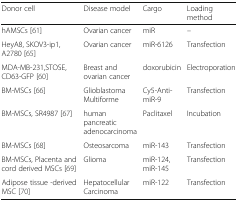
<table><thead><tr><td><b>Donor cell</b></td><td><b>Disease model</b></td><td><b>Cargo</b></td><td><b>Loading method</b></td></tr></thead><tbody><tr><td>hAMSCs [61]</td><td>Ovarian cancer</td><td>miR</td><td>–</td></tr><tr><td>HeyA8, SKOV3-ip1, A2780 [65]</td><td>Ovarian cancer</td><td>miR-6126</td><td>Transfection</td></tr><tr><td>MDA-MB-231,STOSE, CD63-GFP [60]</td><td>Breast and ovarian cancer</td><td>doxorubicin</td><td>Electroporation</td></tr><tr><td>BM-MSCs [66]</td><td>Glioblastoma Multiforme</td><td>Cy5-Anti-miR-9</td><td>Transfection</td></tr><tr><td>BM-MSCs, SR4987 [67]</td><td>human pancreaticadenocarcinoma</td><td>Paclitaxel</td><td>Incubation</td></tr><tr><td>BM-MSCs [68]</td><td>Osteosarcoma</td><td>miR-143</td><td>Transfection</td></tr><tr><td>BM-MSCs, Placenta and cord derived MSCs [69]</td><td>Glioma</td><td>miR-124,miR-145</td><td>Transfection</td></tr><tr><td>Adipose tissue -derived MSC [70]</td><td>HepatocellularCarcinoma</td><td>miR-122</td><td>Transfection</td></tr></tbody></table>